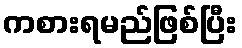
ကစားရမည်ဖြစ်ပြီး